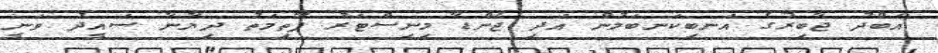
އަބްދު ޖާބިރުގެ އަނބިކަނބަލުން އަދި ޖެންޑާ މިނިސްޓަރު ފާތިމަތު ދިޔާނާ ސައީދު ވަނީ